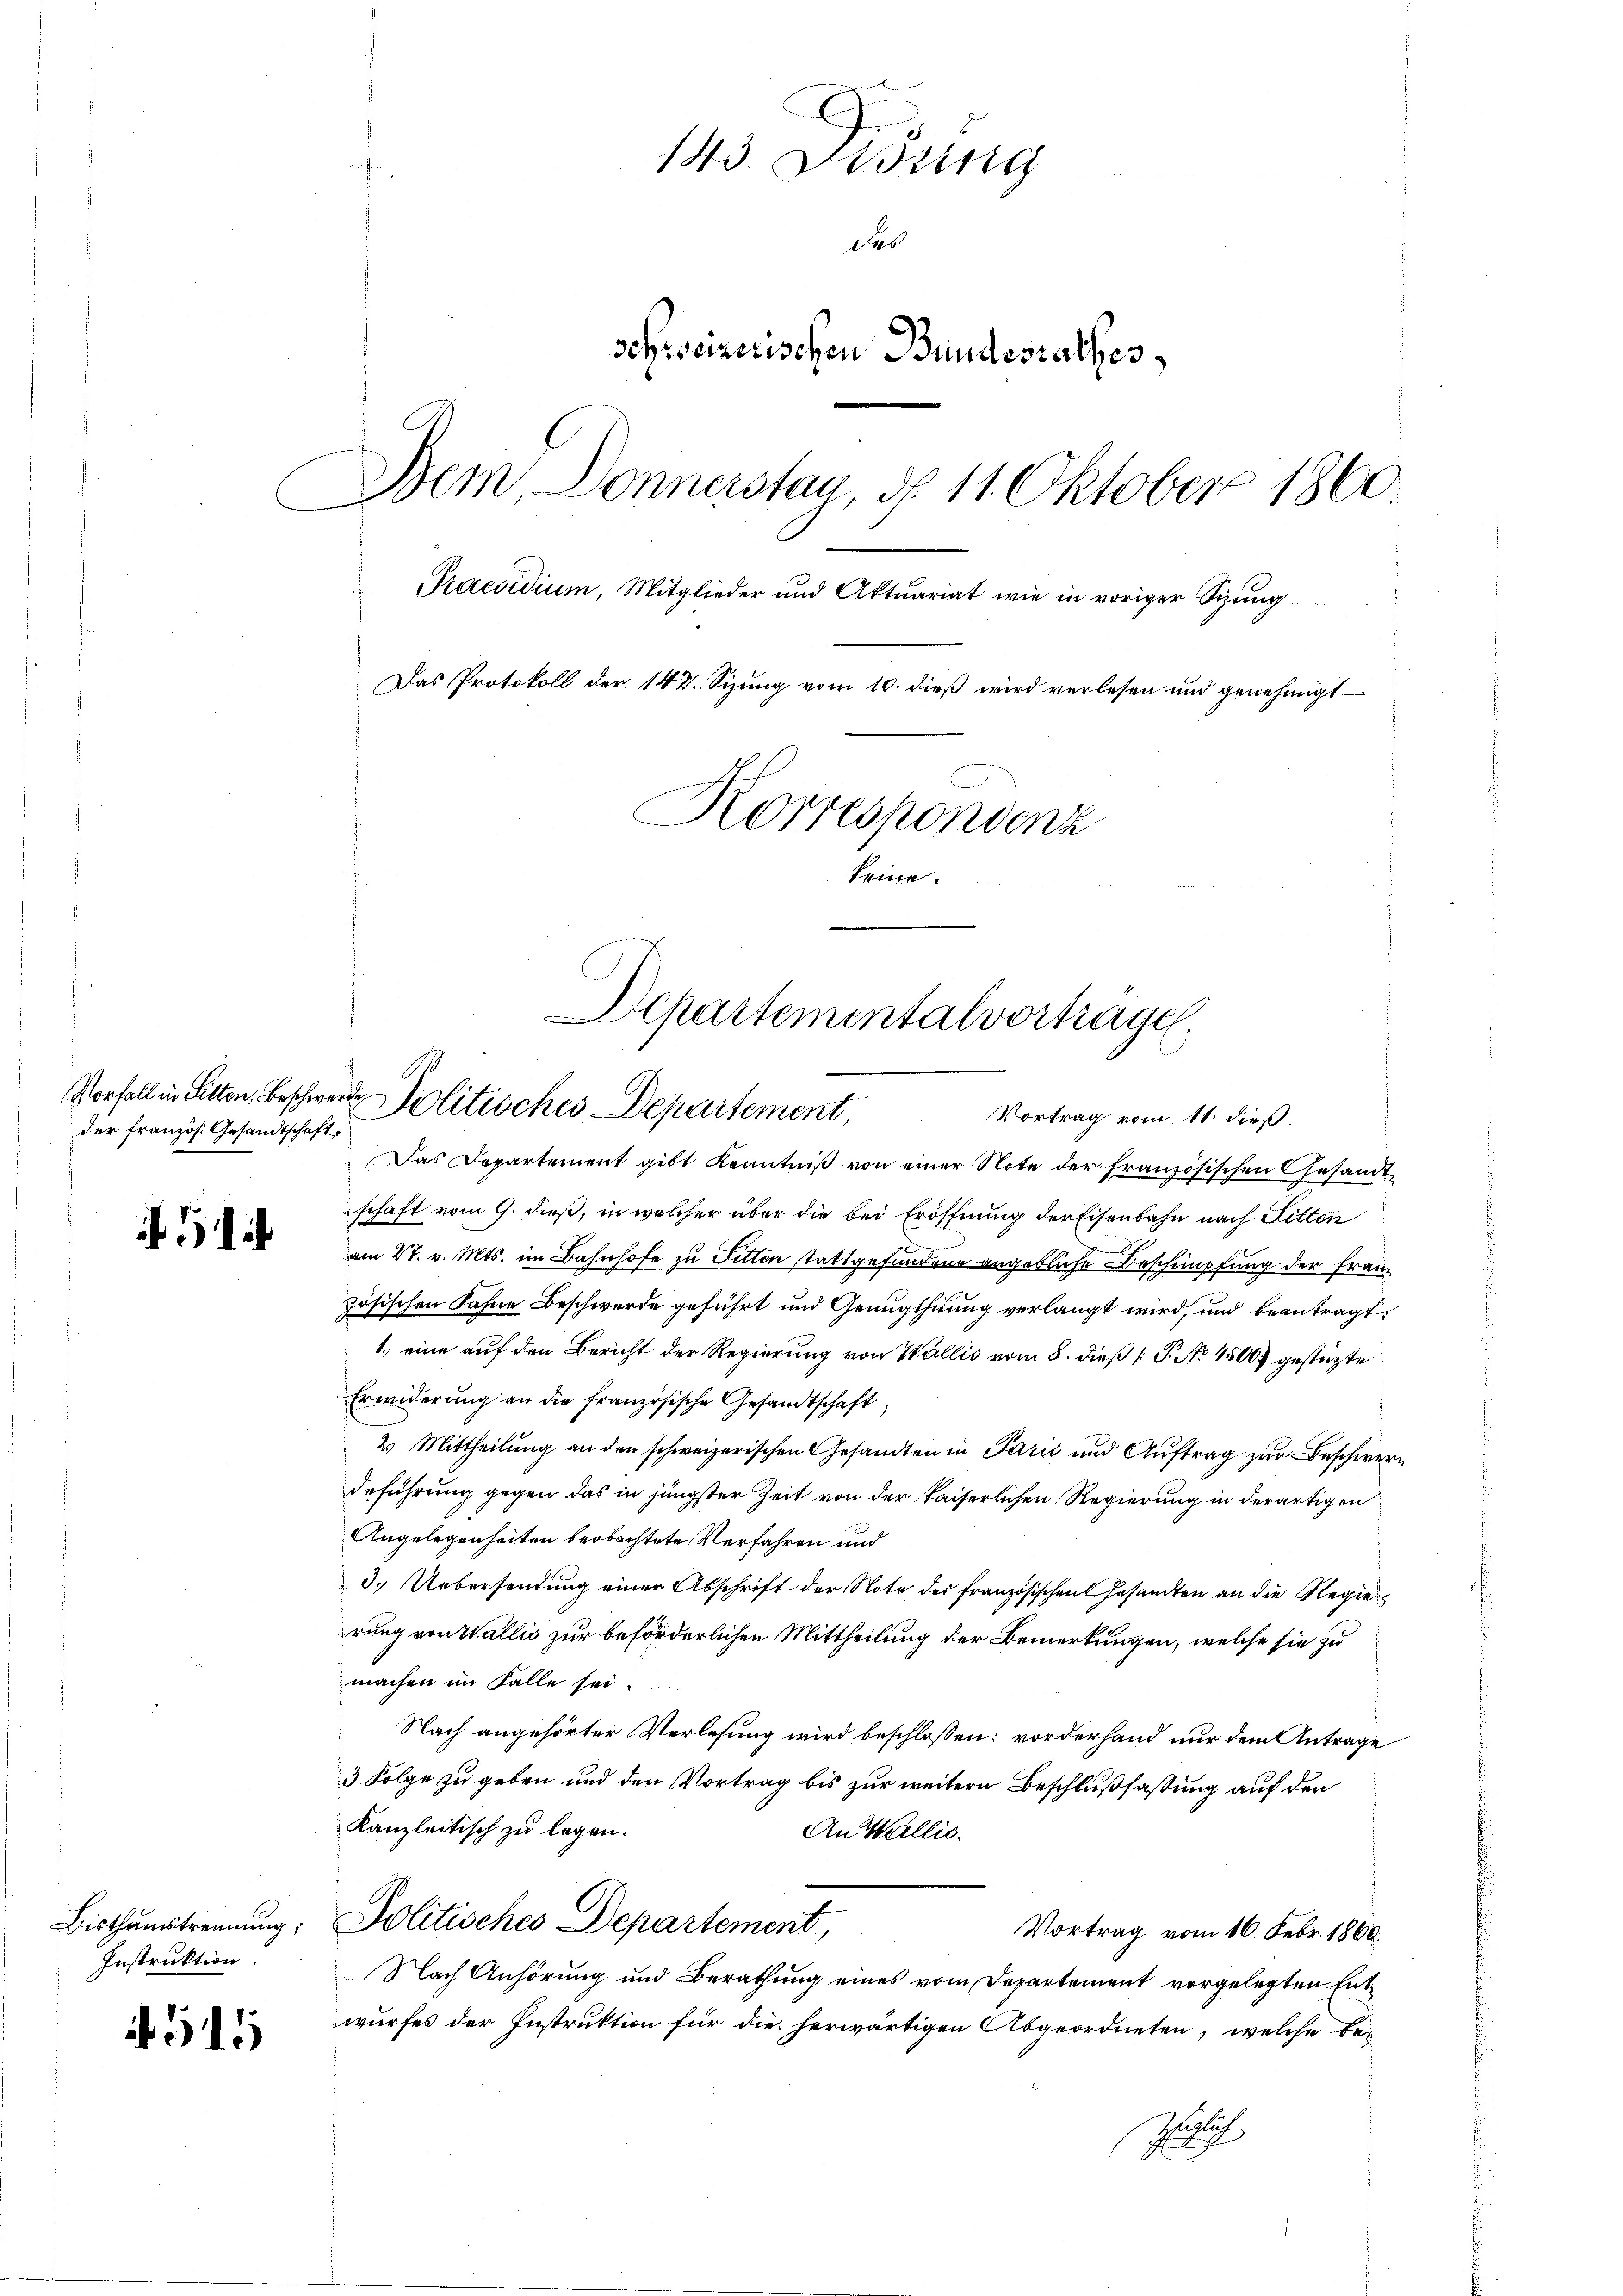
der französ. Gesandtschaft.

514

Instruktion.

4515

143. Disung
des
schweizerischen Bundesrathes
Dem Donnerstag, d. 11. Oktober 1860.
Praesidium, Mitglieder und Aktuariat wie in voriger Sizung
Das Protokoll der 142. Sizung vom 10. dieß wird verlesen und genehmigt
Korrespondenz
keine.

Departementalvertrage
Vorfall in Sitten, Beschwerde Politisches Departement,
Vortrag vom 11. dieß.

Das Departement gibt Kenntniß von einer Note der französischen Gesandtschaft vom 9. dieß, in welcher über die bei Eröffnung der Eisenbahn nach Litten
am 27. v. Mts. im Bahnhofe zu Sitten stattgefundene angebliche Beschimpfung der Franz
zösischen Fahne Beschwerde geführt und Genugthuung verlangt wird, und beantragt:
1., eine auf den Bericht der Regierung von Wallis vom 8. dieß P. No 4500. gestüzte
Erwiderung an die französische Gesandtschaft;
2 Mittheilung an den schweizerischen Gesandten in Parić und Aŭftrag zur Beschwere
deführung gegen das in jüngster Zeit von der kaiserlichen Regierung in derartigen
Angelegenheiten beobachtete Verfahren und
3.) Uebersendung einer Abschrift der Note des französischen Gesandten an die Regierung von Wallis zur beförderlichen Mittheilung der Bemerkungen, welche sie zu
machen im Falle sei.
Nach angehörter Verlesung wird beschlossen: vorderhand nur dem Antrage
3 Folge zu geben und den Vortrag bis zur weitern Beschlußfassung auf den
Kanzleitisch zu legen.
An Wallis.
Bisthaustrennung; Politisches Departement,
Vortrag vom 16. Febr. 1860.
Nach Anhörung und Berathung eines vom Departement vorgelegten Entwurfes der Instruktion für die herwärtigen Abgeordneten, welche be-
Rusch